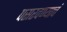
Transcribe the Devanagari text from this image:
पसरवण्याचं